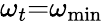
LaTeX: {\omega_{t}}\mathrm{{=}}{\omega_{\operatorname*{min}}}